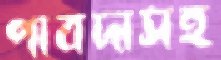
পাবদাসহ